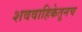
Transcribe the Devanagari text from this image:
शववाहिकेतूनच